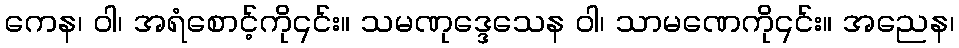
ကေန၊ ဝါ၊ အရံစောင့်ကို၎င်း။ သမဏုဒ္ဒေသေန ဝါ၊ သာမဏေကို၎င်း။ အညေန၊